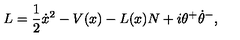
L = \frac 1 2 \dot { x } ^ { 2 } - V ( x ) - L ( x ) N + i \theta ^ { + } \dot { \theta } ^ { - } ,